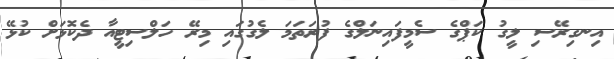
އިނގިރޭސި ލީގު ކަޕްގެ ސެމީފައިނަލްގެ ފުރަތަމަ ލެގުގައި މިރޭ ހަލްސިޓީއާ ދެކޮޅަށް ކުޅޭ